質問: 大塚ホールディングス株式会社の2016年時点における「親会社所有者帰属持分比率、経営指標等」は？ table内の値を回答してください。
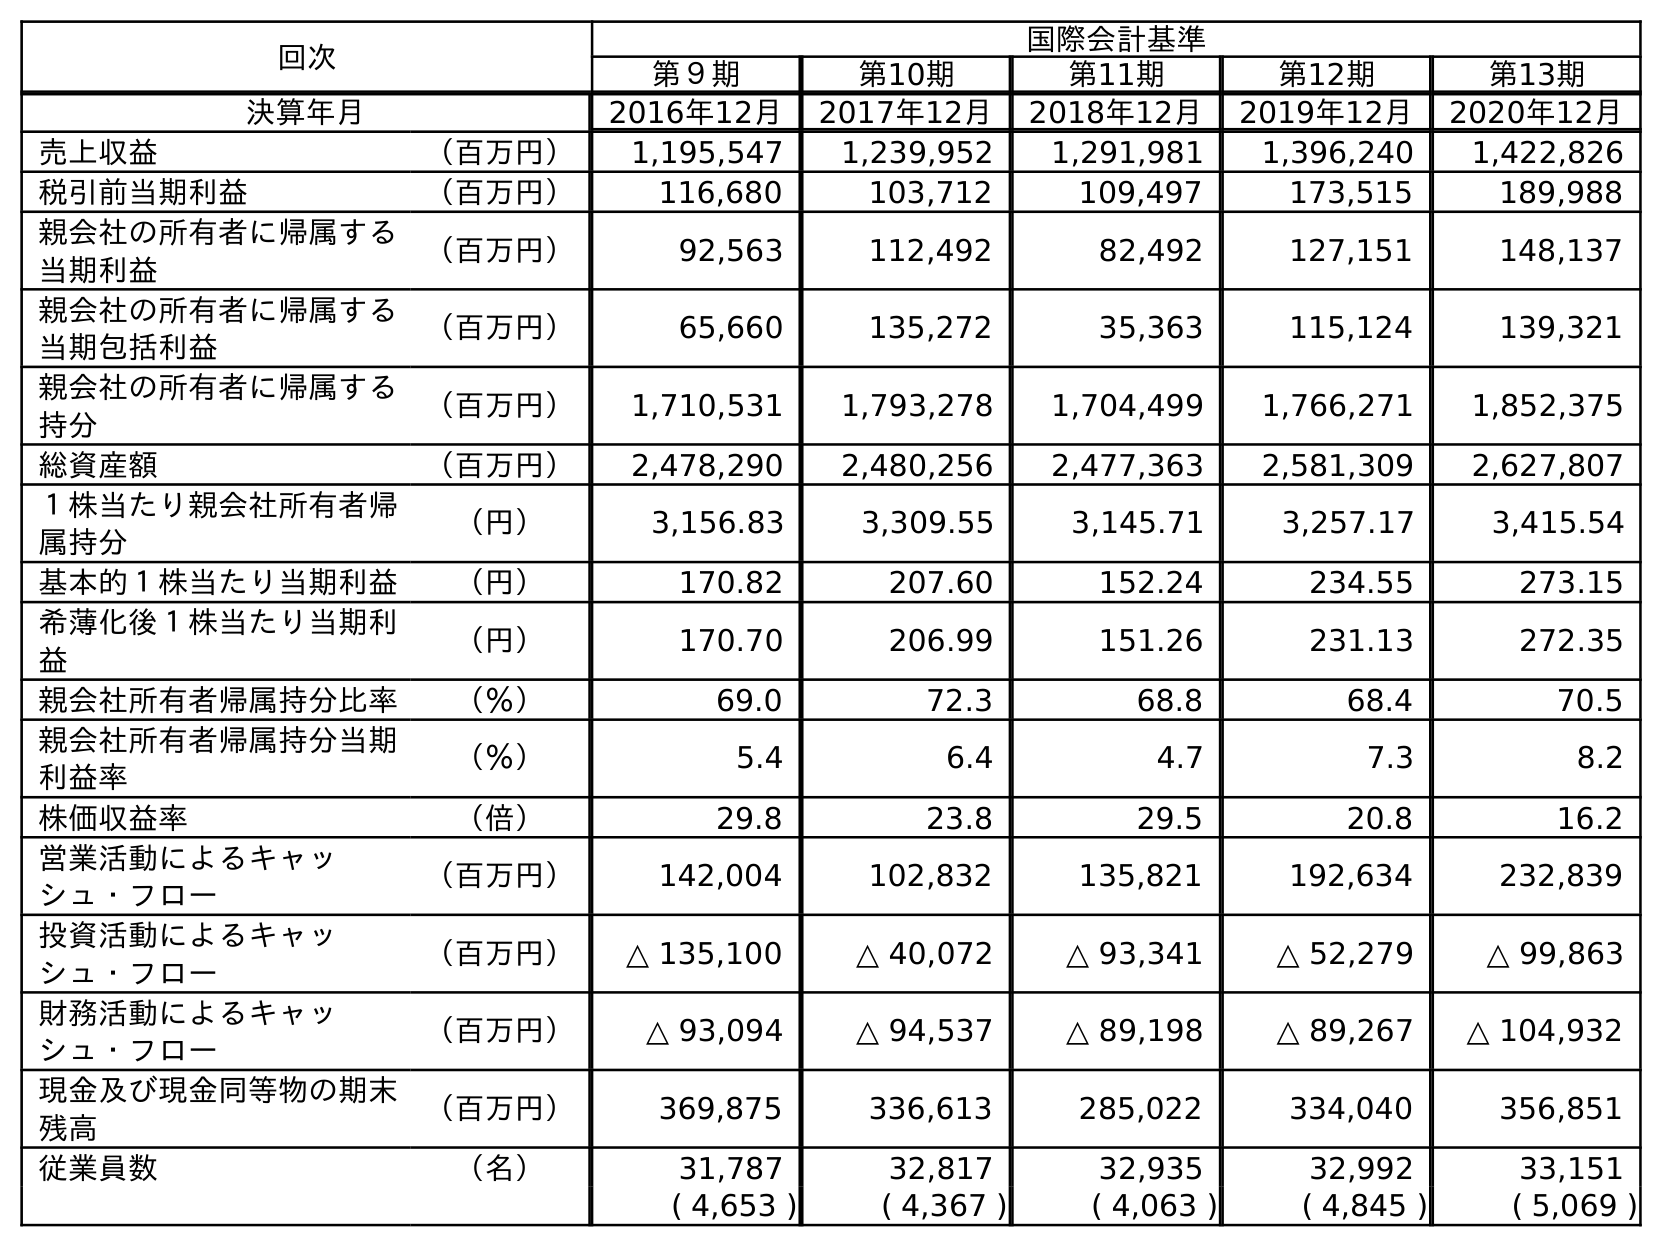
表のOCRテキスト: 回次 国際会計基準 第９期 第10期 第11期 第12期 第13期 決算年月 2016年12月 2017年12月 2018年12月 2019年12月 2020年12月 売上収益 （百万円） 1,195,547 1,239,952 1,291,981 1,396,240 1,422,826 税引前当期利益 （百万円） 116,680 103,712 109,497 173,515 189,988 親会社の所有者に帰属する 当期利益 （百万円） 92,563 112,492 82,492 127,151 148,137 親会社の所有者に帰属する 当期包括利益 （百万円） 65,660 135,272 35,363 115,124 139,321 親会社の所有者に帰属する 持分 （百万円） 1,710,531 1,793,278 1,704,499 1,766,271 1,852,375 総資産額 （百万円） 2,478,290 2,480,256 2,477,363 2,581,309 2,627,807 １株当たり親会社所有者帰 属持分 （円） 3,156.83 3,309.55 3,145.71 3,257.17 3,415.54 基本的１株当たり当期利益 （円） 170.82 207.60 152.24 234.55 273.15 希薄化後１株当たり当期利 益 （円） 170.70 206.99 151.26 231.13 272.35 親会社所有者帰属持分比率 （％） 69.0 72.3 68.8 68.4 70.5 親会社所有者帰属持分当期 利益率 （％） 5.4 6.4 4.7 7.3 8.2 株価収益率 （倍） 29.8 23.8 29.5 20.8 16.2 営業活動によるキャッ シュ・フロー （百万円） 142,004 102,832 135,821 192,634 232,839 投資活動によるキャッ シュ・フロー （百万円） △ 135,100 △ 40,072 △ 93,341 △ 52,279 △ 99,863 財務活動によるキャッ シュ・フロー （百万円） △ 93,094 △ 94,537 △ 89,198 △ 89,267 △ 104,932 現金及び現金同等物の期末 残高 （百万円） 369,875 336,613 285,022 334,040 356,851 従業員数 （名） 31,787 32,817 32,935 32,992 33,151 ( 4,653 ) ( 4,367 ) ( 4,063 ) ( 4,845 ) ( 5,069 )
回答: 69.0